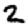
Digit: 2